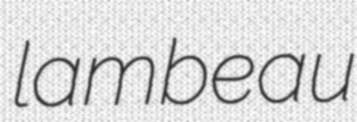
lambeau